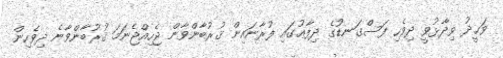
ވަޙީދު ވިދާޅުވީ ދިވެހި ފަސްގަނޑުގެ ދިފާޢުގައި ފުރާނައިން ޤުރުބާންވާން ޖެހިއްޖެނަމަ ޤުރުބާންވާނެ ދިވެހިން